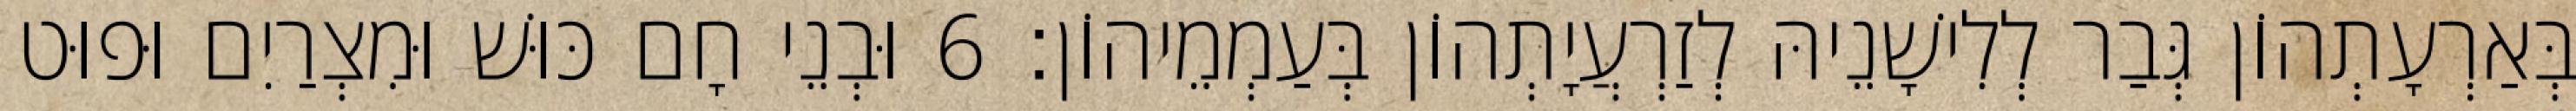
בְּאַרְעָתְהוֹן גְּבַר לְלִישָׁנֵיהּ לְזַרְעֲיָתְהוֹן בְּעַמְמֵיהוֹן׃ 6 וּבְנֵי חָם כּוּשׁ וּמִצְרַיִם וּפוּט